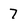
Character: 7